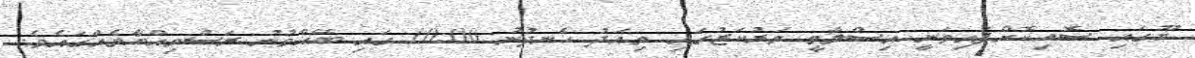
ޔޫގައި ސޮއިކޮށްފައިވަނީ އިސްލާމީ މަރުކަޒުގައި މިއަދު ހެނދުނު 10:00 ގައި ބޭއްވުނު ރަސްމިއްޔާތެއްގައެވެ.